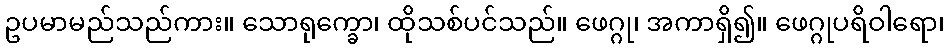
ဥပမာမည်သည်ကား။ သောရုက္ခော၊ ထိုသစ်ပင်သည်။ ဖေဂ္ဂု၊ အကာရှိ၍။ ဖေဂ္ဂုပရိဝါရော၊